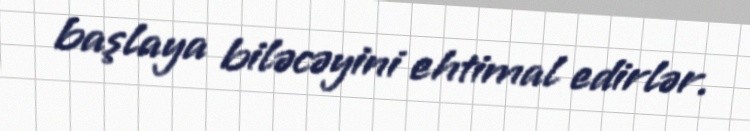
başlaya biləcəyini ehtimal edirlər.